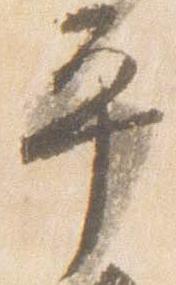
平